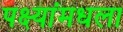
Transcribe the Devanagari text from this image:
पक्ष्यांमधला